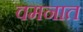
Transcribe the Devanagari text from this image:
वमनात